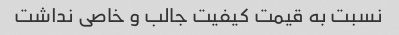
نسبت به قیمت کیفیت جالب و خاصی نداشت